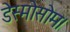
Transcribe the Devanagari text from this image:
डेस्मोसोम।